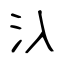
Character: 𣱿